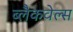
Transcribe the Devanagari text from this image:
ब्‍लैकवेल्‍स